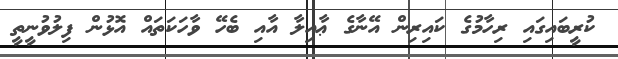
ކުރީބައިގައި ރިހާމުގެ ކައިރިން އޭނާގެ ޢާއިލާ އާއި ބެހޭ ވާހަކަތައް އޮޅުން ފިލުވުނީތީ